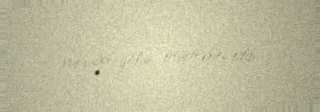
vurduğu qolun ötürməsini edib.